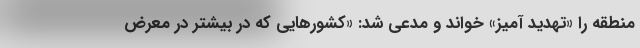
منطقه را «تهدید آمیز» خواند و مدعی شد: «کشورهایی که در بیشتر در معرض